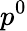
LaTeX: p^{0}